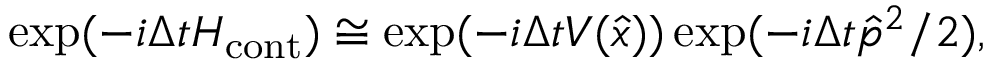
\exp ( - i \Delta t H _ { \mathrm { c o n t } } ) \cong \exp ( - i \Delta t V ( \hat { x } ) ) \exp ( - i \Delta t \hat { p } ^ { 2 } / 2 ) ,